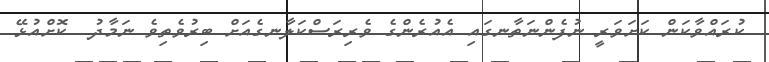
ކުރައްވާކަން ކަށަވަރީ ނުފެންނަތާނގައި އެއުރެންގެ ވެރިރަސްކަލާނގެއަށް ބިރުވެތިވެ ނަމާދު  ކޮށްއުޅޭ